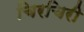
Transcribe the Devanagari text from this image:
चिरचिरी